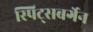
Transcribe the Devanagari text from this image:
स्पिट्सबर्गेन